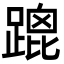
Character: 䠘